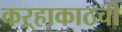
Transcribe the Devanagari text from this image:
कऱ्हाकाठची